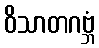
ဝိသာတဂဗ္ဘံ